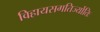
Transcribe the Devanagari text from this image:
विहायसगतिर्ज्योतिः